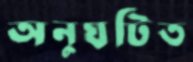
অনুঘটিত